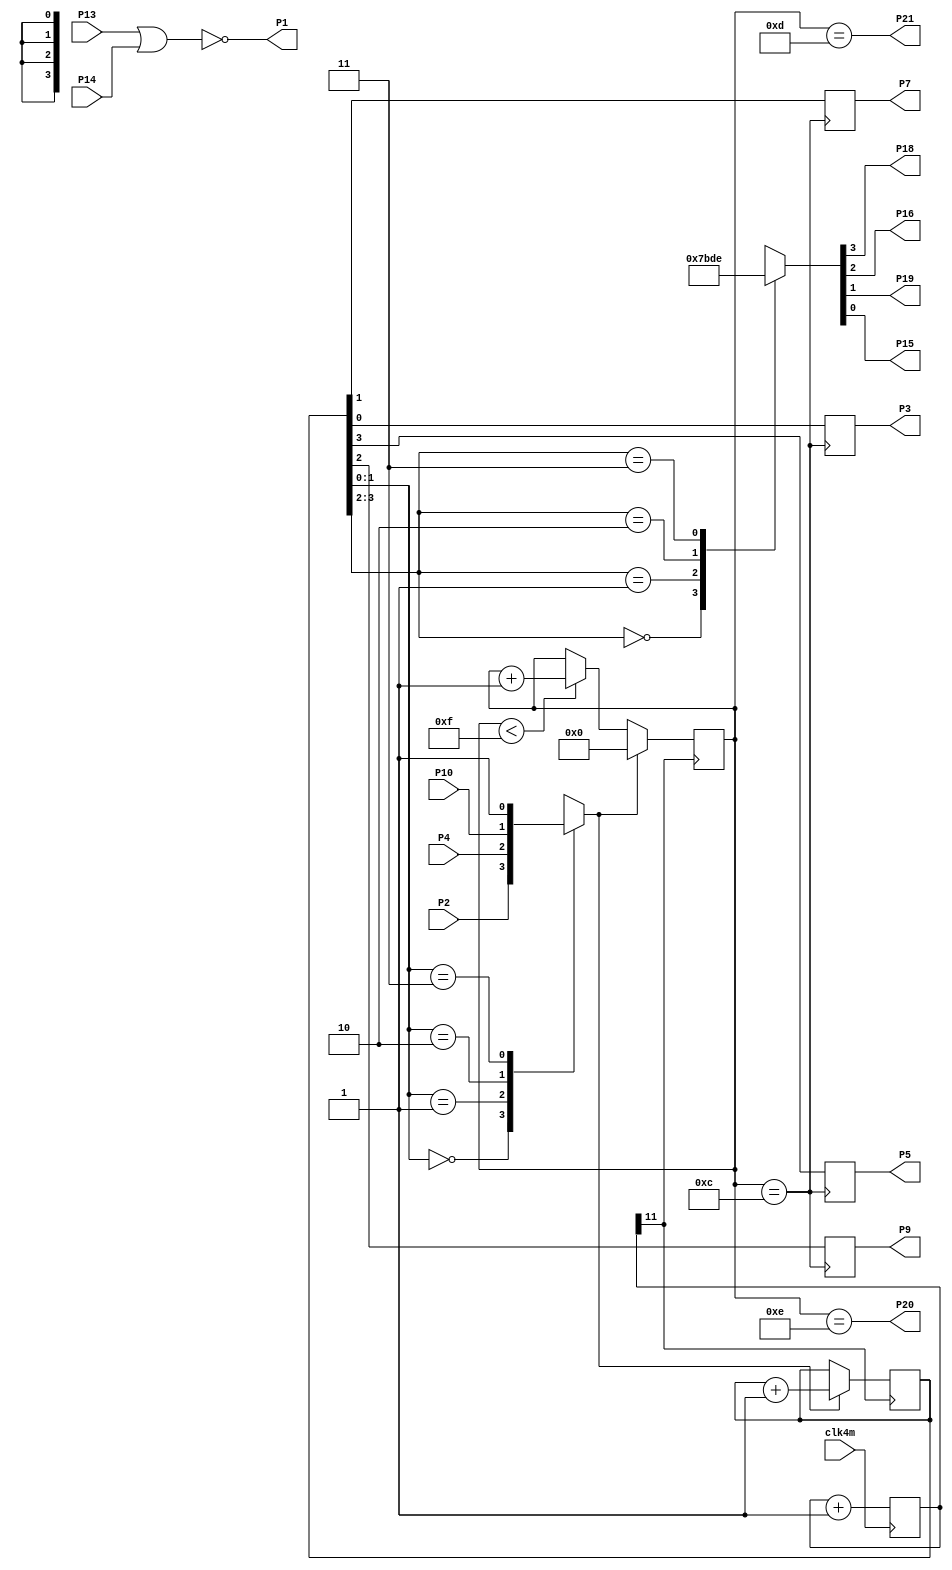
module keyboard(
	input P13,P14,clk4m,
	input P2,P4,P10,
	output reg P18,P16,P19,P15,
	output reg P7,P3,P5,P9,
	output P20,P21,P1
);
reg [11:0]dly;
always @(posedge clk4m) dly<=dly+1'h1;
reg[3:0]scan,keycnt;
reg press;
always @(posedge dly[11])
if(press)scan<=scan+1'h1;
always@(scan)
begin
	case(scan[3:2])
	2'd0:{P18,P16,P19,P15}=4'b0111;
	2'd1:{P18,P16,P19,P15}=4'b1011;
	2'd2:{P18,P16,P19,P15}=4'b1101;
	2'd3:{P18,P16,P19,P15}=4'b1110;
	endcase
	case(scan[1:0])
	2'd0:press=P2;
	2'd1:press=P4;
	2'd2:press=P10;
	2'd3:press=1'b1;
	endcase
end

always @(posedge dly[11])
if(press)keycnt<=4'd0;
else if(keycnt<4'd15)keycnt<=keycnt+1'd1;
else keycnt<=keycnt;
wire valid=keycnt==4'd12;
always@(posedge valid) {P5,P9,P7,P3}={scan};
assign P21=keycnt==4'd13;
assign P20=keycnt==4'd14;
assign P1=!(P13|P14);
endmodule